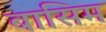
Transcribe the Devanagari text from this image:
बासिम